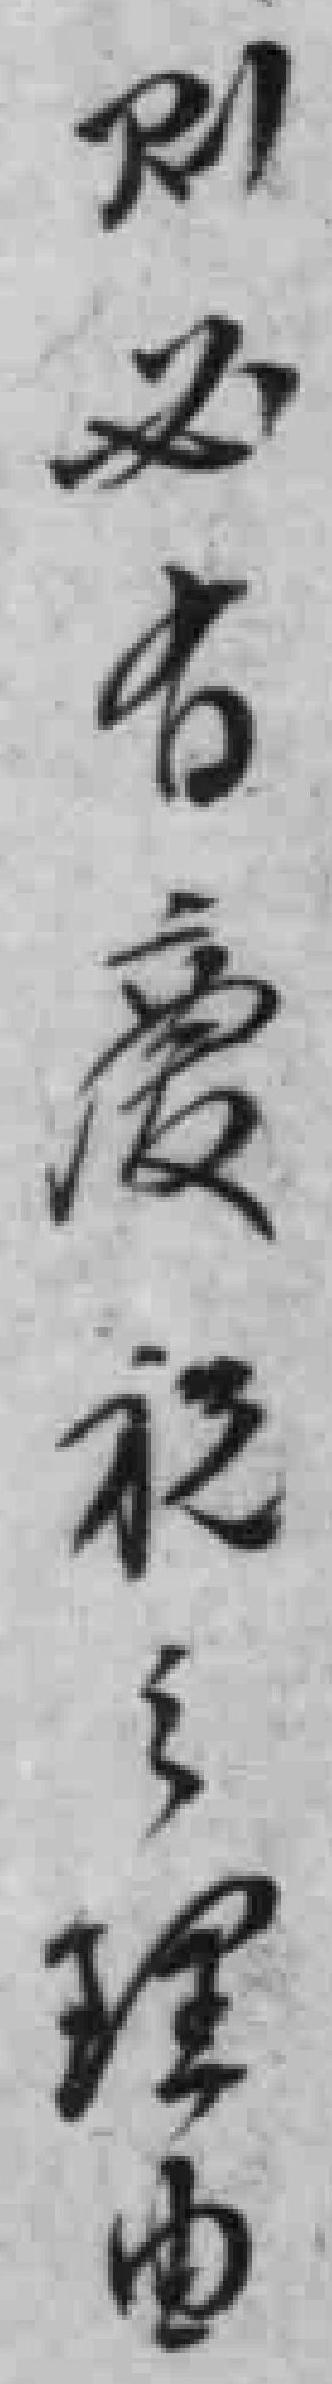
则必有慶祝之理由